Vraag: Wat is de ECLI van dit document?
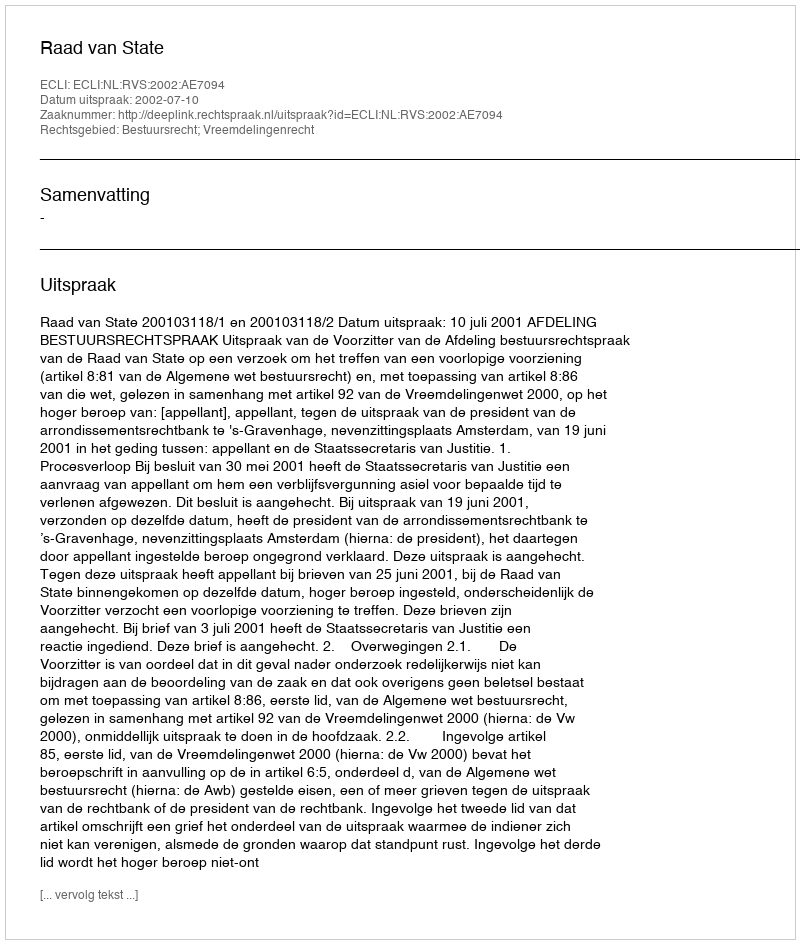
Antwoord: ECLI:NL:RVS:2002:AE7094